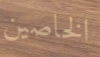
الخاصين